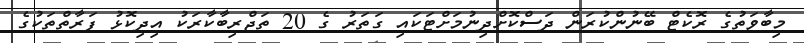
މިބާވަތުގެ ރޮކެޓް ބޭނުންކުރަން ދަސްކޮށްދިނުމަށްޓަކައި ގަތަރު ގެ 20 ތަޖްރިބާކާރަކު އިދިކޮޅު ފަރާތްތަކުގެ